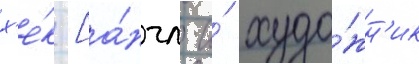
х'е́к [а́нгл. и́ худо́жн'ик